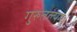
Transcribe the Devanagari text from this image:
गुरुतल्पगः